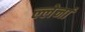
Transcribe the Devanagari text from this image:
ल्लेर्ना